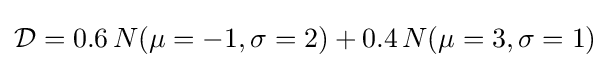
{\mathcal {D}}=0.6\,N(\mu =-1,\sigma =2)+0.4\,N(\mu =3,\sigma =1)